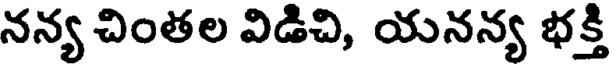
నన్య చింతల విడిచి, యనన్య భక్తి